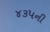
૪૩૫ની